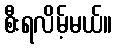
စီးရလိမ့်မယ်။